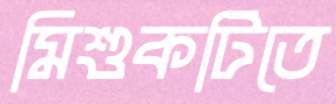
মিশুকটিতে